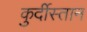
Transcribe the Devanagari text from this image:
कुर्दीस्तान